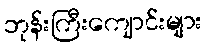
ဘုန်းကြီးကျောင်းများ